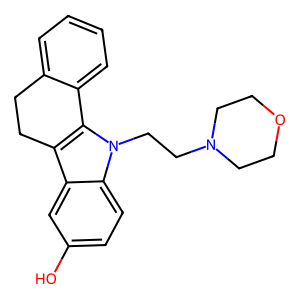
SMILES: Oc1ccc2c(c1)c1c(n2CCN2CCOCC2)-c2ccccc2CC1
Inhibits HIV replication: No